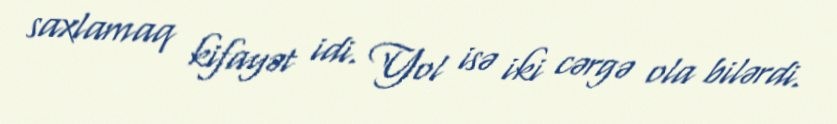
saxlamaq kifayət idi. Yol isə iki cərgə ola bilərdi.